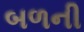
બળની